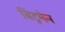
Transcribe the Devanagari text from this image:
बिटूमेन